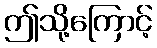
ဤသို့ကြောင့်